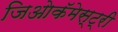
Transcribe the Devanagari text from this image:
जिओकॅमेस्ट्री